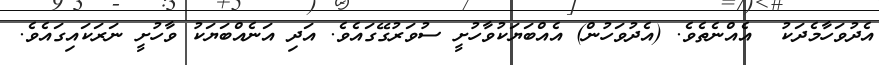
އެދުވަހާމެދަކު  އެއްނެތެވެ. (އެދުވަހުން) އެއްބަޔަކުވާހުށީ ސުވަރުގޭގައެވެ. އަދި އަނެއްބަޔަކު ވާހުށީ ނަރަކައިގައެވެ.